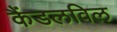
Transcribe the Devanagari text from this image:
कैंडलविल